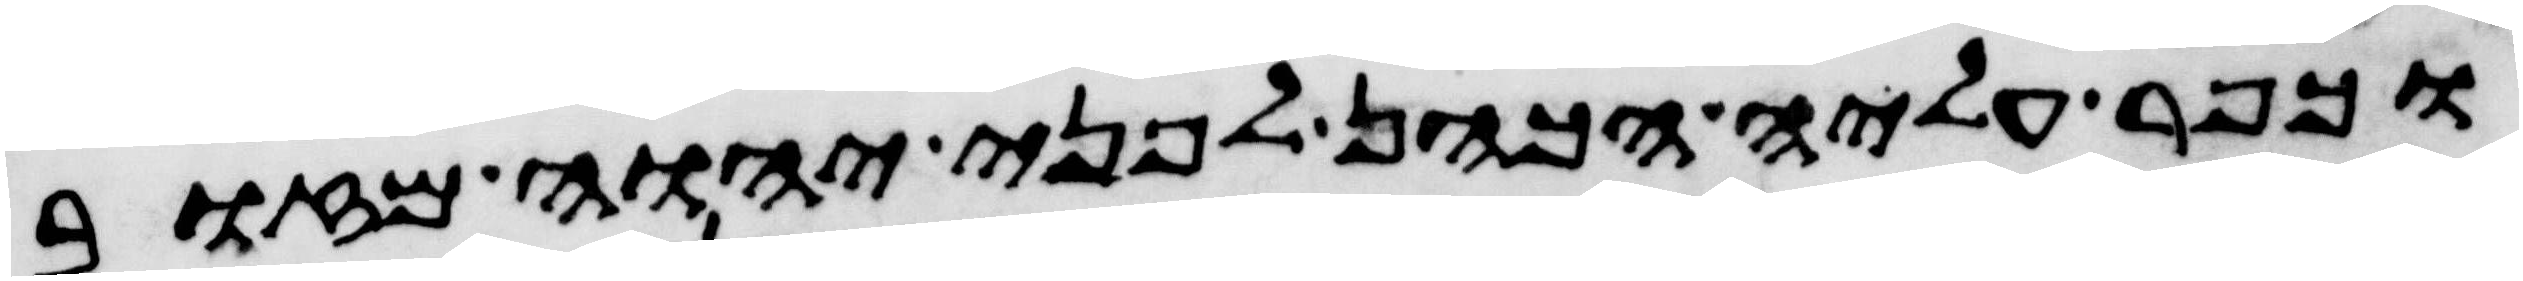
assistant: וכפר עליה הכהן לפני יהוה מזוב